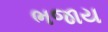
ભજાય